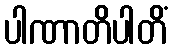
ပါဏာတိပါတိံ